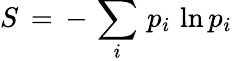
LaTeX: S\, =\, -\, \sum_{i}\, p_{i}\, \ln p_{i}